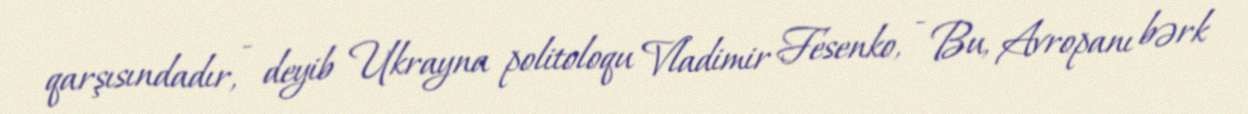
qarşısındadır, - deyib Ukrayna politoloqu Vladimir Fesenko, - Bu, Avropanı bərk